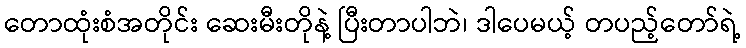
တောထုံးစံအတိုင်း ဆေးမီးတိုနဲ့ ပြီးတာပါဘဲ၊ ဒါပေမယ့် တပည့်တော်ရဲ့